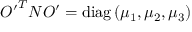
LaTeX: { O ^ { \prime } } ^ { T } { \cal N } O ^ { \prime } = \mathrm { d i a g } \left( \mu _ { 1 } , \mu _ { 2 } , \mu _ { 3 } \right)